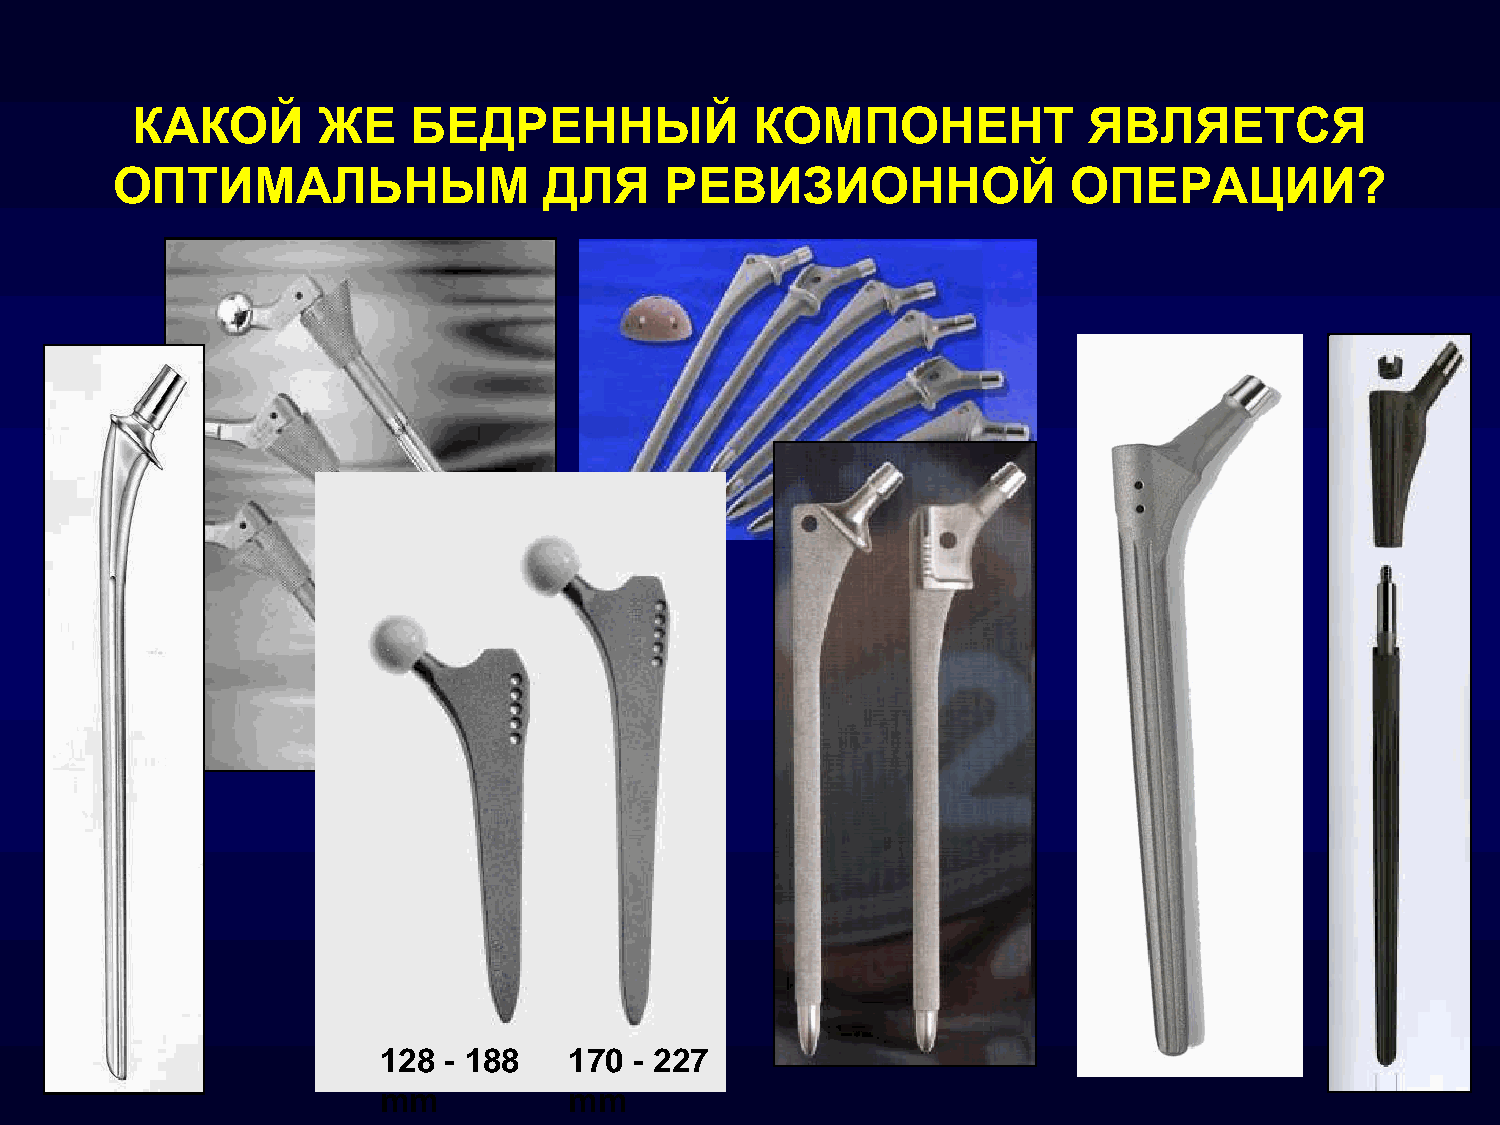
КАКОЙ       ЖЕ    БЕДРЕННЫЙ              КОМПОНЕНТ             ЯВЛЯЕТСЯ
 ОПТИМАЛЬНЫМ                 ДЛЯ     РЕВИЗИОННОЙ                ОПЕРАЦИИ?
 128 - 188    170 - 227
 mm           mm